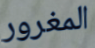
المغرور